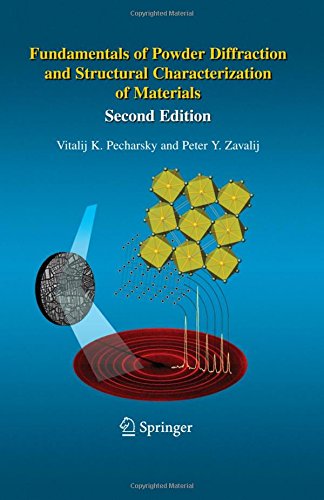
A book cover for Fundamentals of Powder Diffraction and Structural Characterization of Materials, Second Edition; Vitalij Pecharsky; Science & Math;